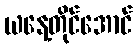
ယနေ့တိုင်အောင်